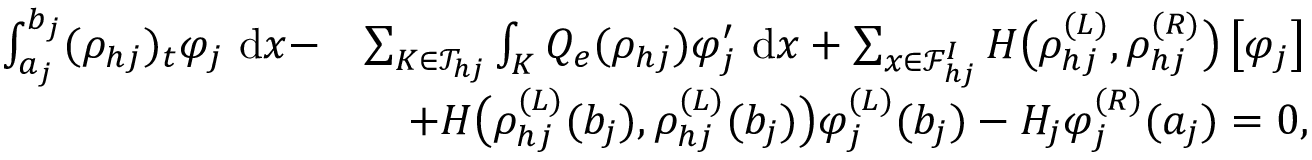
\begin{array} { r l } { \int _ { a _ { j } } ^ { b _ { j } } ( \rho _ { h j } ) _ { t } \varphi _ { j } \ \mathrm { d } x - } & { \sum _ { K \in \mathcal { T } _ { h j } } \int _ { K } Q _ { e } ( \rho _ { h j } ) \varphi _ { j } ^ { \prime } \ \mathrm { d } x + \sum _ { x \in \mathcal { F } _ { h j } ^ { I } } H \big ( \rho _ { h j } ^ { ( L ) } , \rho _ { h j } ^ { ( R ) } \big ) \left[ \varphi _ { j } \right] } \\ & { \quad + H \big ( \rho _ { h j } ^ { ( L ) } ( b _ { j } ) , \rho _ { h j } ^ { ( L ) } ( b _ { j } ) \big ) \varphi _ { j } ^ { ( L ) } ( b _ { j } ) - H _ { j } \varphi _ { j } ^ { ( R ) } ( a _ { j } ) = 0 , } \end{array}